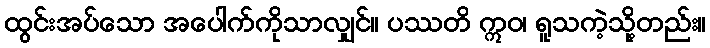
ထွင်းအပ်သော အပေါက်ကိုသာလျှင်။ ပဿတိ ဣဝ၊ ရူသကဲ့သို့တည်း။